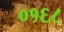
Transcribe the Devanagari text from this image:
०१६८